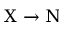
\Chi \to \Nu